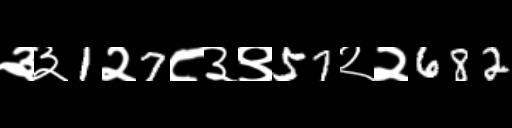
Text: ३३1२7८३९57२२682